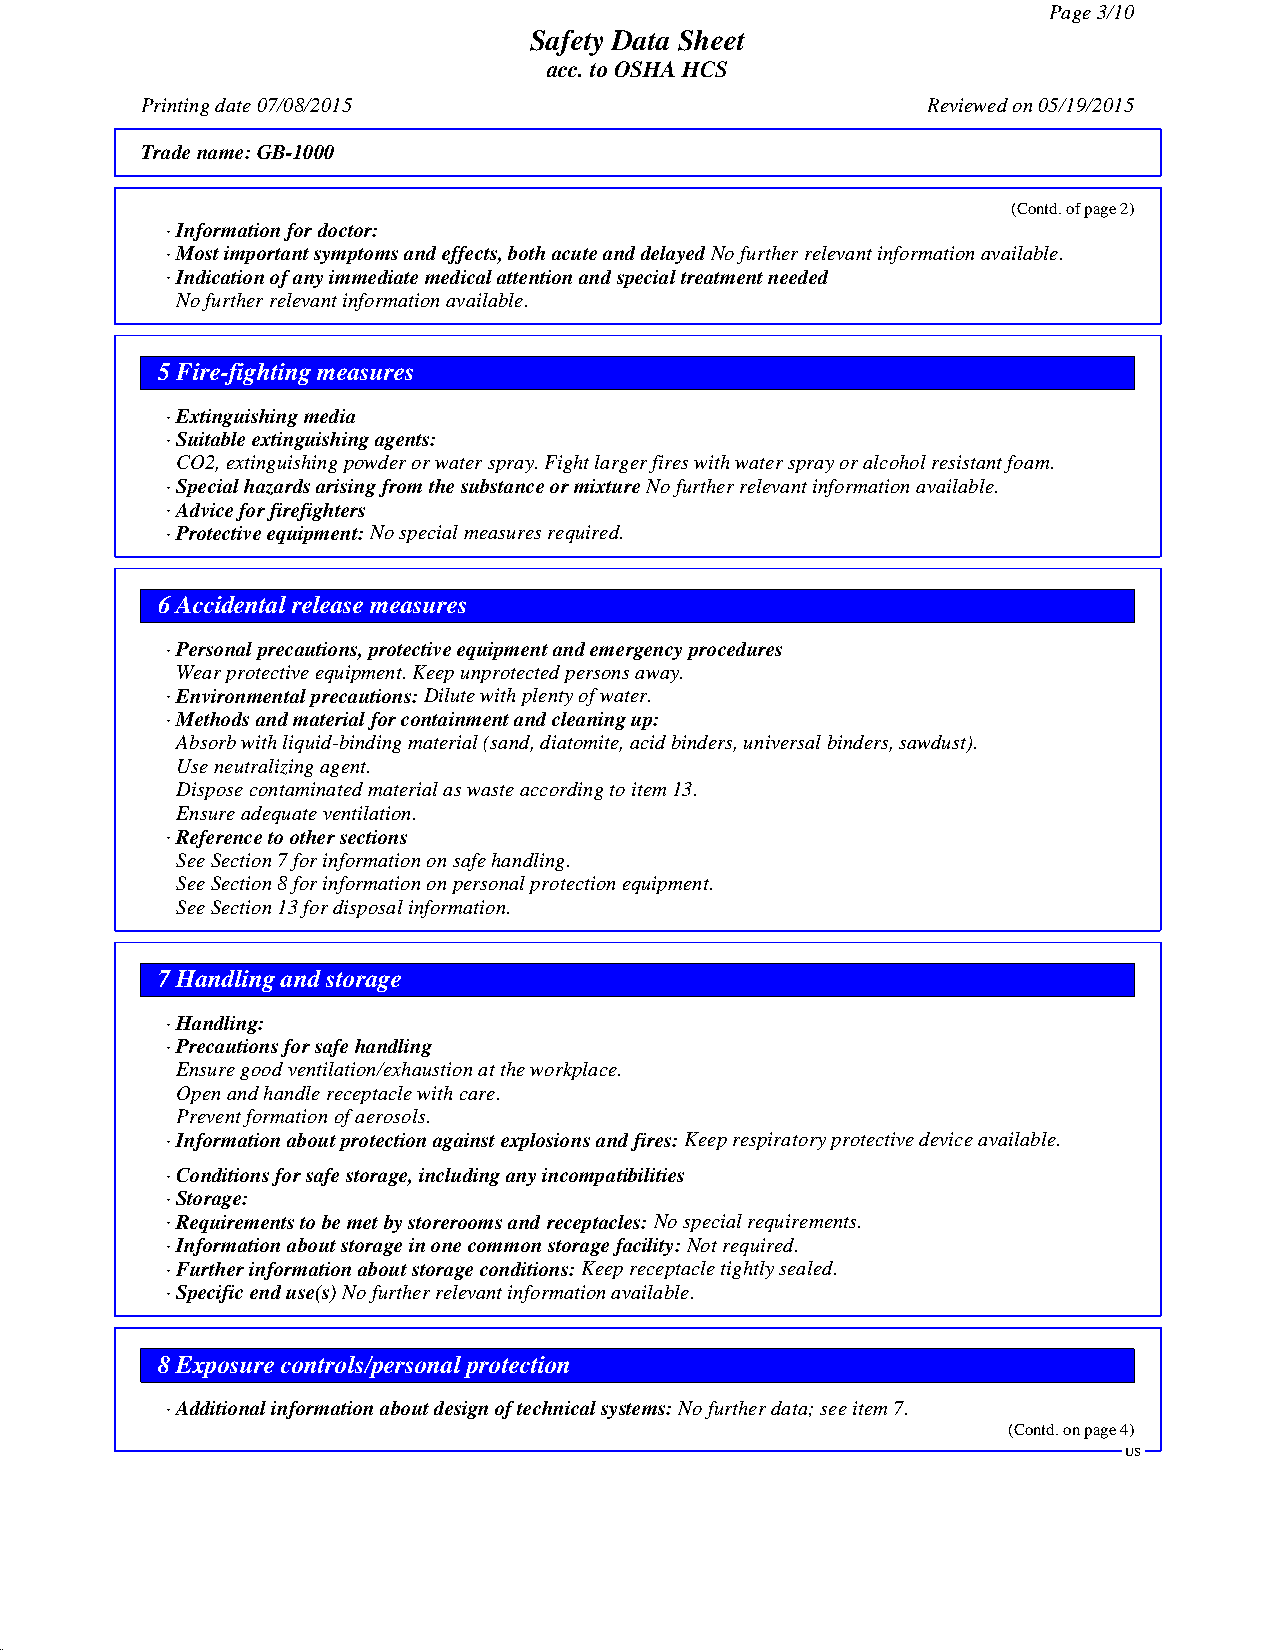
Page 3/10
 Safety Data Sheet
 acc. to OSHA HCS
 Printing date 07/08/2015                            Reviewed on 05/19/2015
 Trade name:GB-1000
 (Contd. of page 2)
 · Information for doctor:
 · Most important symptoms and effects, both acute and delayedNo further relevant information available.
 · Indication of any immediate medical attention and special treatment needed
 No further relevant information available.
 5 Fire-fighting measures
 · Extinguishing media
 · Suitable extinguishing agents:
 CO2, extinguishing powder or water spray. Fight larger fires with water spray or alcohol resistant foam.
 · Special hazards arising from the substance or mixtureNo further relevant information available.
 · Advice for firefighters
 · Protective equipment:No special measures required.
 6 Accidental release measures
 · Personal precautions, protective equipment and emergency procedures
 Wear protective equipment. Keep unprotected persons away.
 · Environmental precautions:Dilute with plenty of water.
 · Methods and material for containment and cleaning up:
 Absorb with liquid-binding material (sand, diatomite, acid binders, universal binders, sawdust).
 Use neutralizing agent.
 Dispose contaminated material as waste according to item 13.
 Ensure adequate ventilation.
 · Reference to other sections
 See Section 7 for information on safe handling.
 See Section 8 for information on personal protection equipment.
 See Section 13 for disposal information.
 7 Handling and storage
 · Handling:
 · Precautions for safe handling
 Ensure good ventilation/exhaustion at the workplace.
 Open and handle receptacle with care.
 Prevent formation of aerosols.
 · Information about protection against explosions and fires:Keep respiratory protective device available.
 · Conditions for safe storage, including any incompatibilities
 · Storage:
 · Requirements to be met by storerooms and receptacles:No special requirements.
 · Information about storage in one common storage facility:Not required.
 · Further information about storage conditions:Keep receptacle tightly sealed.
 · Specific end use(s)No further relevant information available.
 8 Exposure controls/personal protection
 · Additional information about design of technical systems:No further data; see item 7.
 (Contd. on page 4)
 US
 41.0